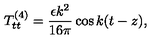
T _ { t t } ^ { ( 4 ) } = \frac { \epsilon k ^ { 2 } } { 1 6 \pi } \cos k ( t - z ) ,